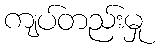
ကျပ်တည်းမှု